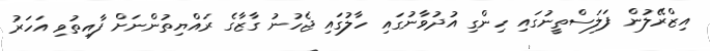
އިޒްރޭލުން ފަލަސްތީނުގައި ހިންގި އުދުވާނުގައި ހާލުގައި ޖެހުނު ގާޒާގެ ރައްޔިތުންނަށް ފާއިތުވި އަހަރު